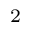
^ { 2 }